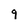
Character: 9